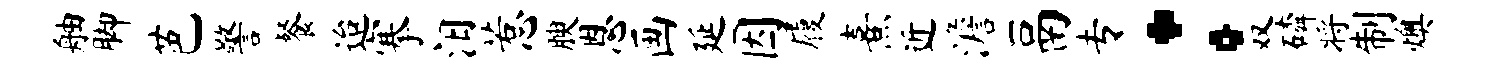
舳脚芭警餐迨搴汨惹腴恩画延因履熹近澹鬲专：双磷将制燠